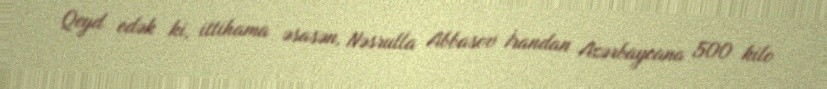
Qeyd edək ki, ittihama əsasən, Nəsrulla Abbasov İrandan Azərbaycana 500 kilo